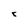
Character: 8